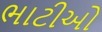
ભાટીઓ